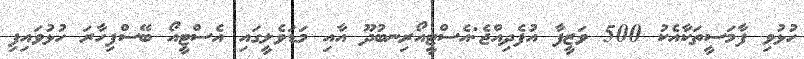
ހުޅުވި ފާމަސީތަކާއެކު 500 ވަޒީފާ އުފެދިއްޖެ:އެސްޓީއޯރިނބުދޫ އާއި މަޑަވެލީގައި އެސްޓީއޯ ބޭސްފިހާރަ ހުޅުވައިފި